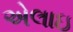
એલાઇ